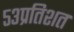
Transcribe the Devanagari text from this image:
५३प्रतिशत